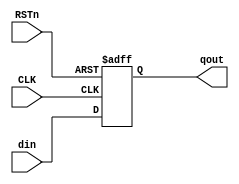
//////////////////////////////////////////////////////////////////////////////////
// Company:   
// Last Modified by:   Ruige_Lee
// Last Modified time: 2019-03-03 16:43:57
// Design Name:   
// Module Name: basic_element
// Project Name:   
// Target Devices:   
// Tool Versions:   
// Description:   
// 
// Dependencies:   
// 
// Revision:  
// Revision:    -   
// Additional Comments:  
// 
//////////////////////////////////////////////////////////////////////////////////


//mainly refer to risc-V e203


`timescale 1 ns / 1 ps


module yj_basic_reg_clk_p # (
		parameter DW = 32,
		parameter RSTVAL = 1'b0
	)
	(
		input CLK,
		input RSTn,

		input  [ DW-1:0 ] din,
		output [ DW-1:0 ] qout
);

reg [DW-1:0] qout_Reg;

assign qout = qout_Reg;

always @( posedge CLK or negedge RSTn ) begin

	if ( !RSTn ) begin
		qout_Reg <= { DW { RSTVAL } };
	end

	else begin
		qout_Reg <= #1 din;
	end

end

endmodule


module yj_basic_reg_clk_n # (
		parameter DW = 32,
		parameter RSTVAL = 1'b0
	)
	(
		input CLK,
		input RSTn,

		input  [ DW-1:0 ] din,
		output [ DW-1:0 ] qout
);

reg [DW-1:0] qout_Reg;

assign qout = qout_Reg;

always @( negedge CLK or negedge RSTn ) begin

	if ( !RSTn ) begin
		qout_Reg <= { DW { RSTVAL } };
	end

	else begin
		qout_Reg <= #1 din;
	end

end



endmodule




module yj_basic_signal_2lever_sync # 
	(
		parameter DW = 32
	) 
	(
	input	CLK,
	input	RSTn, 
	input  [DW-1:0] din,
	output [DW-1:0] dout


);

	wire [DW-1:0] sync_dat [1:0];
    
    yj_basic_reg_clk_p #(.DW(DW),.RSTVAL(1'b0)) sync_1lever(CLK, RSTn, din, sync_dat[0]);
    yj_basic_reg_clk_p #(.DW(DW),.RSTVAL(1'b0)) sync_2lever(CLK, RSTn, sync_dat[0], sync_dat[1]);


	assign dout = sync_dat[1];
  
endmodule